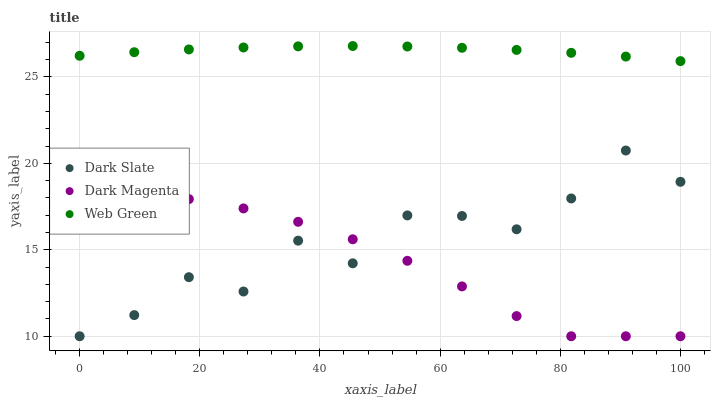
| xaxis_label | Dark Slate | Dark Magenta | Web Green |
 | --- | --- | --- | --- |
 | 0 | 10 | 18.3 | 26.2 |
 | 9.09 | 11.2 | 18.2 | 26.4 |
 | 18.2 | 13.4 | 17.9 | 26.6 |
 | 27.3 | 12.6 | 17.4 | 26.7 |
 | 36.4 | 15.5 | 16.6 | 26.8 |
 | 45.5 | 14.2 | 15.6 | 26.8 |
 | 54.5 | 17 | 14.4 | 26.8 |
 | 63.6 | 17 | 12.9 | 26.7 |
 | 72.7 | 16.2 | 11.2 | 26.6 |
 | 81.8 | 18 | 10 | 26.4 |
 | 90.9 | 20.7 | 10 | 26.2 |
 | 100 | 18.9 | 10 | 25.9 |